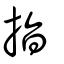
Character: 指